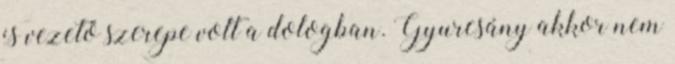
is vezető szerepe volt a dologban. Gyurcsány akkor nem